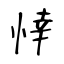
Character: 悻